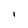
Character: 1